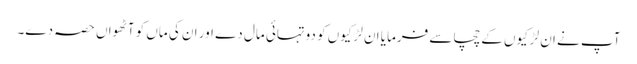
آپ نے ان لڑکیوں کے چچا سے فرمایا ان لڑکیوں کو دوتہائی مال دے اور ان کی ماں کو آٹھواں حصہ دے۔